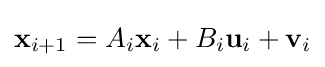
{\mathbf {x} }_{i+1}=A_{i}\mathbf {x} _{i}+B_{i}\mathbf {u} _{i}+\mathbf {v} _{i}